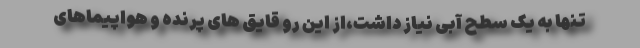
تنها به یک سطح آبی نیاز داشت،از این رو قایق های پرنده و هواپیماهای